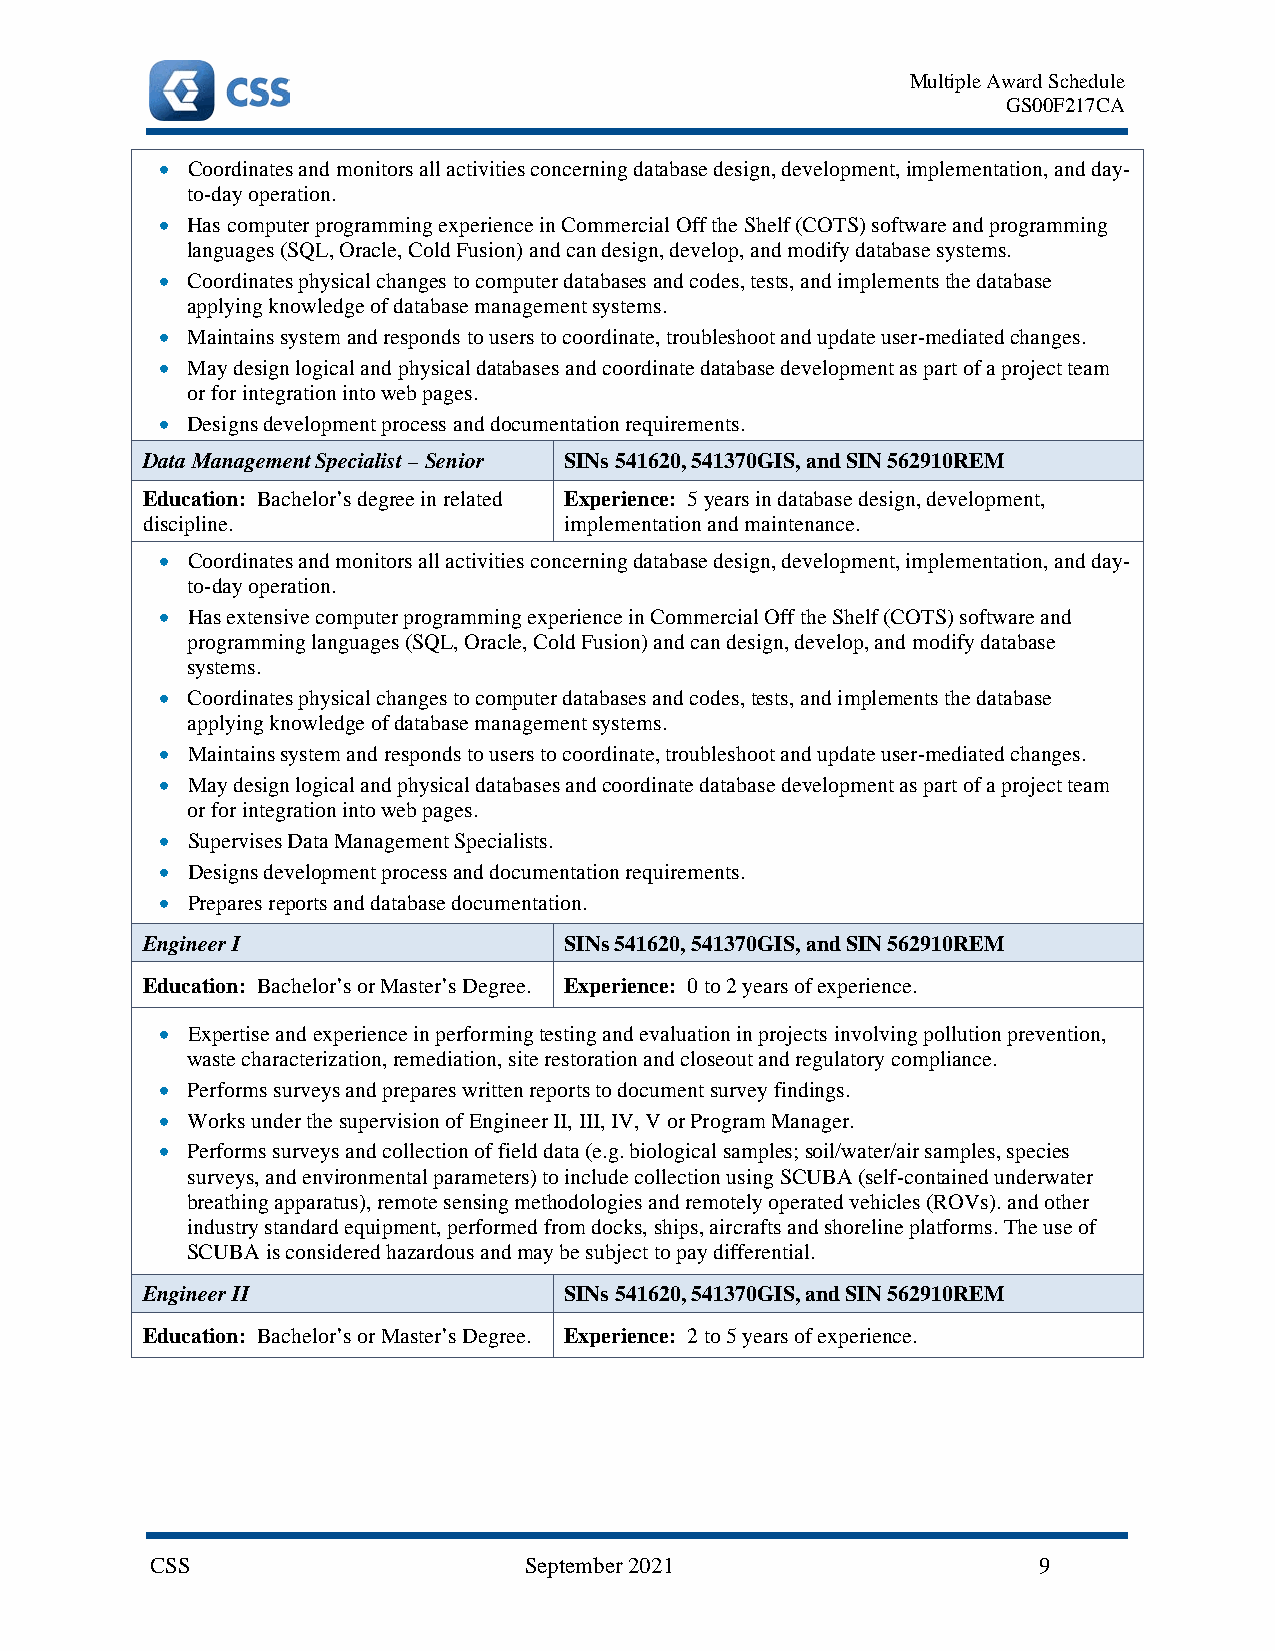
Multiple Award Schedule
 GS00F217CA
 • Coordinates and monitors all activities concerning database design, development, implementation, and day-
 to-day operation.
 • Has computer programming experience in Commercial Off the Shelf (COTS) software and programming
 languages (SQL, Oracle, Cold Fusion) and can design, develop, and modify database systems.
 • Coordinates physical changes to computer databases and codes, tests, and implements the database
 applying knowledge of database management systems.
 • Maintains system and responds to users to coordinate, troubleshoot and update user-mediated changes.
 • May design logical and physical databases and coordinate database development as part of a project team
 or for integration into web pages.
 • Designs development process and documentation requirements.
 Data Management Specialist – Senior SINs 541620, 541370GIS, and SIN 562910REM
 Education: Bachelor’s degree in related Experience: 5 years in database design, development,
 discipline.                 implementation and maintenance.
 • Coordinates and monitors all activities concerning database design, development, implementation, and day-
 to-day operation.
 • Has extensive computer programming experience in Commercial Off the Shelf (COTS) software and
 programming languages (SQL, Oracle, Cold Fusion) and can design, develop, and modify database
 systems.
 • Coordinates physical changes to computer databases and codes, tests, and implements the database
 applying knowledge of database management systems.
 • Maintains system and responds to users to coordinate, troubleshoot and update user-mediated changes.
 • May design logical and physical databases and coordinate database development as part of a project team
 or for integration into web pages.
 • Supervises Data Management Specialists.
 • Designs development process and documentation requirements.
 • Prepares reports and database documentation.
 Engineer I                  SINs 541620, 541370GIS, and SIN 562910REM
 Education: Bachelor’s or Master’s Degree. Experience: 0 to 2 years of experience.
 • Expertise and experience in performing testing and evaluation in projects involving pollution prevention,
 waste characterization, remediation, site restoration and closeout and regulatory compliance.
 • Performs surveys and prepares written reports to document survey findings.
 • Works under the supervision of Engineer II, III, IV, V or Program Manager.
 • Performs surveys and collection of field data (e.g. biological samples; soil/water/air samples, species
 surveys, and environmental parameters) to include collection using SCUBA (self-contained underwater
 breathing apparatus), remote sensing methodologies and remotely operated vehicles (ROVs). and other
 industry standard equipment, performed from docks, ships, aircrafts and shoreline platforms. The use of
 SCUBA is considered hazardous and may be subject to pay differential.
 Engineer II                 SINs 541620, 541370GIS, and SIN 562910REM
 Education: Bachelor’s or Master’s Degree. Experience: 2 to 5 years of experience.
 CSS                      September 2021                    9